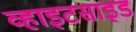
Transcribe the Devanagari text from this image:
व्हाइटसाइड